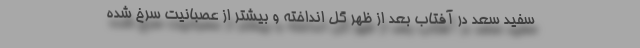
سفید سعد در آفتاب بعد از ظهر گل انداخته و بیشتر از عصبانیت سرخ شده